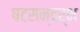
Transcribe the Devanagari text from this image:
षटसन्दर्भ